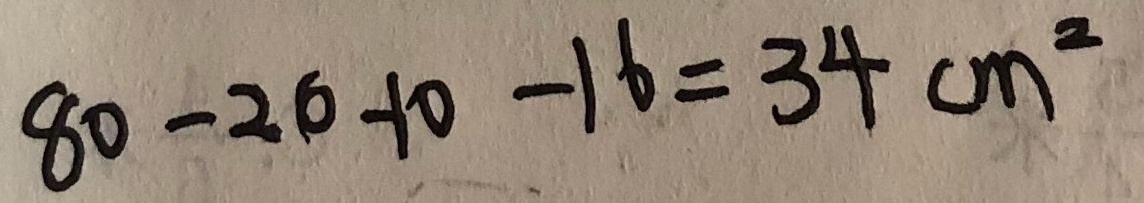
8 0 - 2 0 - 1 0 - 1 6 = 3 4 c m ^ { 2 }